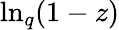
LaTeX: \ln_{q}(1-z)